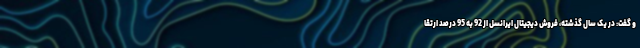
و گفت: در یک سال گذشته، فروش دیجیتال ایرانسل از 92 به 95 درصد ارتقا